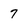
Character: 7